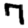
Digit: 7